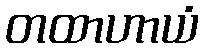
တထာဟာယံ